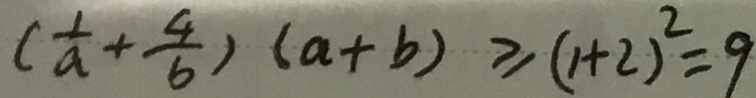
( \frac { 1 } { a } + \frac { 4 } { b } ) ( a + b ) \geq ( 1 + 2 ) ^ { 2 } = 9